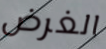
الغرض